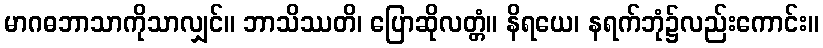
မာဂဓဘာသာကိုသာလျှင်။ ဘာသိဿတိ၊ ပြောဆိုလတ္တံ။ နိရယေ၊ နရက်ဘုံ၌လည်းကောင်း။